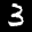
Label: 3